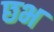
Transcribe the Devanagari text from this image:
छभ